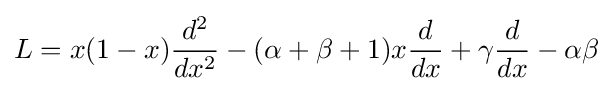
L=x(1-x){\frac {d^{2}}{dx^{2}}}-(\alpha +\beta +1)x{\frac {d}{dx}}+\gamma {\frac {d}{dx}}-\alpha \beta